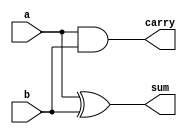
`timescale 1ns / 1ps
//////////////////////////////////////////////////////////////////////////////////
// Company: 
// Engineer: 
// 
// Design Name: 
// Module Name:    halfadder 
// Project Name: 
// Target Devices: 
// Tool versions: 
// Description: 
//
// Dependencies: 
//
// Revision: 
// Revision 0.01 - File Created
// Additional Comments: 
//
//////////////////////////////////////////////////////////////////////////////////
module halfadder(
    input a,b,
    output sum,carry
    );
	 assign sum=a^b;
	 assign carry=a&b;
	 


endmodule